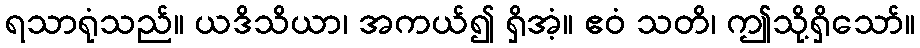
ရသာရုံသည်။ ယဒိသိယာ၊ အကယ်၍ ရှိအံ့။ ဧဝံ သတိ၊ ဤသို့ရှိသော်။